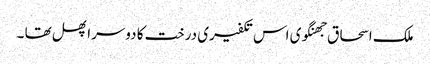
ملک اسحاق جھنگوی اس تکفیری درخت کا دوسرا پھل تھا ۔